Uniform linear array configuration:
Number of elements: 16
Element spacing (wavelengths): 0.25
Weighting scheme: blackman
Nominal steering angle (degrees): -60
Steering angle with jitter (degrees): -61.529
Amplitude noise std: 0.05
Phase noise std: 0.05

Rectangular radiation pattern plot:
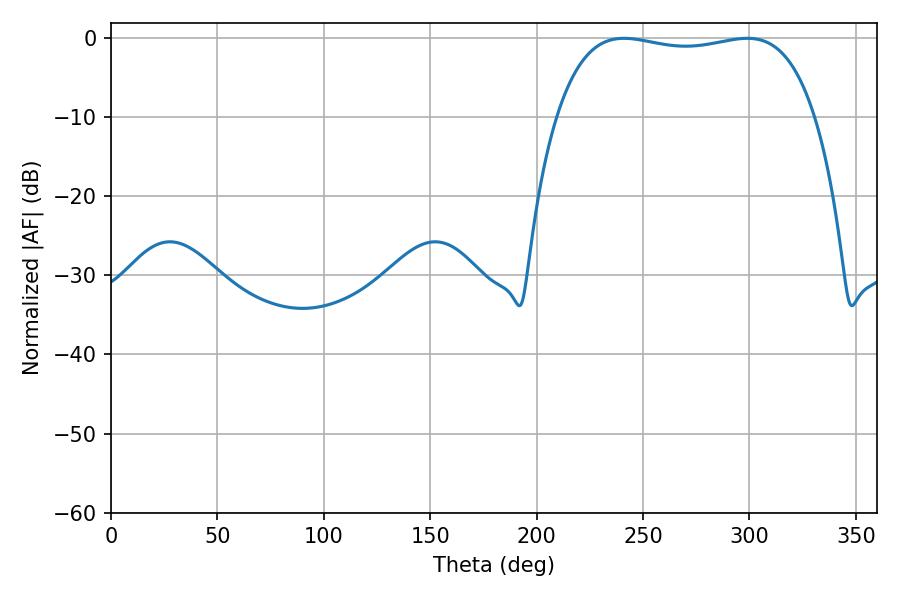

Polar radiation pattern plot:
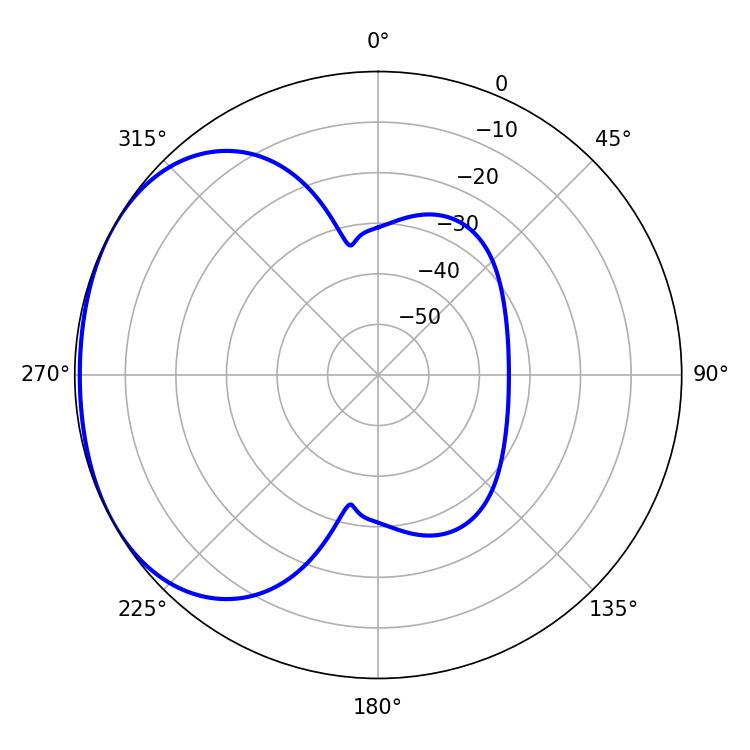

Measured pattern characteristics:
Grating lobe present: FALSE
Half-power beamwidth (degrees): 97.56
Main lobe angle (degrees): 241.02